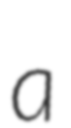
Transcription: a